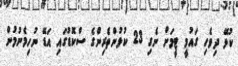
ކުޅޭ ދިވެހި ގައުމީ ޓީމަށް ނެގި 23 ކުޅުންތެރިންގެ ސްކޮޑުގައި އަޑޭ ނުހިމެނުމުން